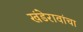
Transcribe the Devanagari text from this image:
खंडेरावांचा